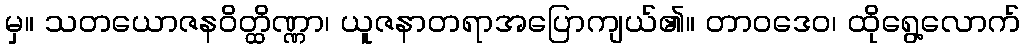
မှ။ သတယောဇနဝိတ္ထိဏ္ဏာ၊ ယူဇနာတရာအပြောကျယ်၏။ တာဝဒေဝ၊ ထိုရွေ့လောက်